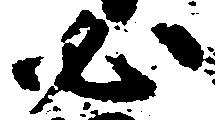
必